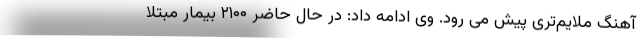
آهنگ ملایم‌تری پیش می رود. وی ادامه داد: در حال حاضر ۲۱۰۰ بیمار مبتلا